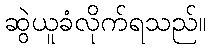
ဆွဲယူခံလိုက်ရသည်။